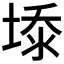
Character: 𰊆